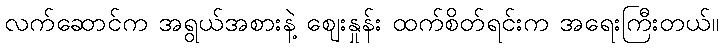
လက်ဆောင်က အရွယ်အစားနဲ့ ဈေးနှုန်း ထက်စိတ်ရင်းက အရေးကြီးတယ်။